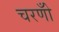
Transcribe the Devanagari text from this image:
चरणोँ